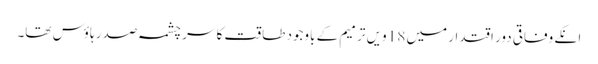
انکے وفاقی دور اقتدار میں 18 ویں ترمیم کے باوجود طاقت کا سر چشمہ صدر ہاؤس تھا۔